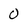
Character: 0